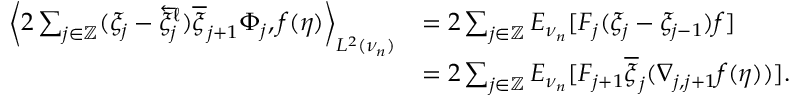
\begin{array} { r l } { \bigg \langle 2 \sum _ { j \in \mathbb { Z } } ( \xi _ { j } - \overleftarrow { \xi } _ { j } ^ { \ell } ) \overline { { \xi } } _ { j + 1 } \Phi _ { j } , f ( \eta ) \bigg \rangle _ { L ^ { 2 } ( \nu _ { n } ) } } & { = 2 \sum _ { j \in \mathbb { Z } } E _ { \nu _ { n } } [ F _ { j } ( \xi _ { j } - \xi _ { j - 1 } ) f ] } \\ & { = 2 \sum _ { j \in \mathbb { Z } } E _ { \nu _ { n } } [ F _ { j + 1 } \overline { { \xi } } _ { j } ( \nabla _ { j , j + 1 } f ( \eta ) ) ] . } \end{array}